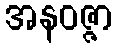
အနဝဇ္ဇာ